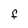
Character: F